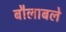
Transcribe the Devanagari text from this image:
बौलाबले